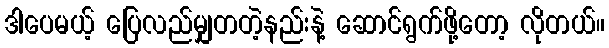
ဒါပေမယ့် ပြေလည်မျှတတဲ့နည်းနဲ့ ဆောင်ရွက်ဖို့တော့ လိုတယ်။